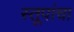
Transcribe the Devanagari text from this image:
स्तूपांचा